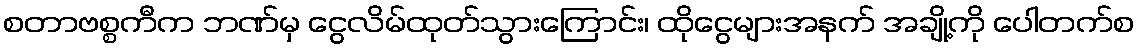
စတာဗစ္စကီက ဘဏ်မှ ငွေလိမ်ထုတ်သွားကြောင်း၊ ထိုငွေများအနက် အချို့ကို ပေါတက်စ